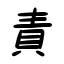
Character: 責